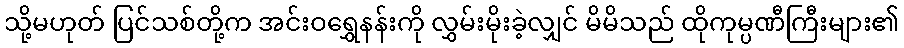
သို့မဟုတ် ပြင်သစ်တို့က အင်းဝရွှေနန်းကို လွှမ်းမိုးခဲ့လျှင် မိမိသည် ထိုကုမ္ပဏီကြီးများ၏